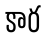
కార